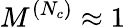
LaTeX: M^{(N_{c})}\approx 1